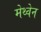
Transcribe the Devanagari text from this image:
मेथ्वेन